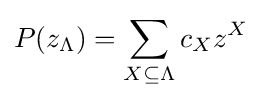
P(z_{\Lambda })=\sum _{X\subseteq \Lambda }c_{X}z^{X}